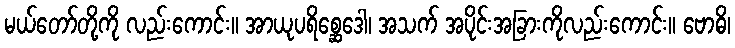
မယ်တော်တို့ကို လည်းကောင်း။ အာယုပရိစ္ဆေဒေါ၊ အသက် အပိုင်းအခြားကိုလည်းကောင်း။ ဗောဓိ၊